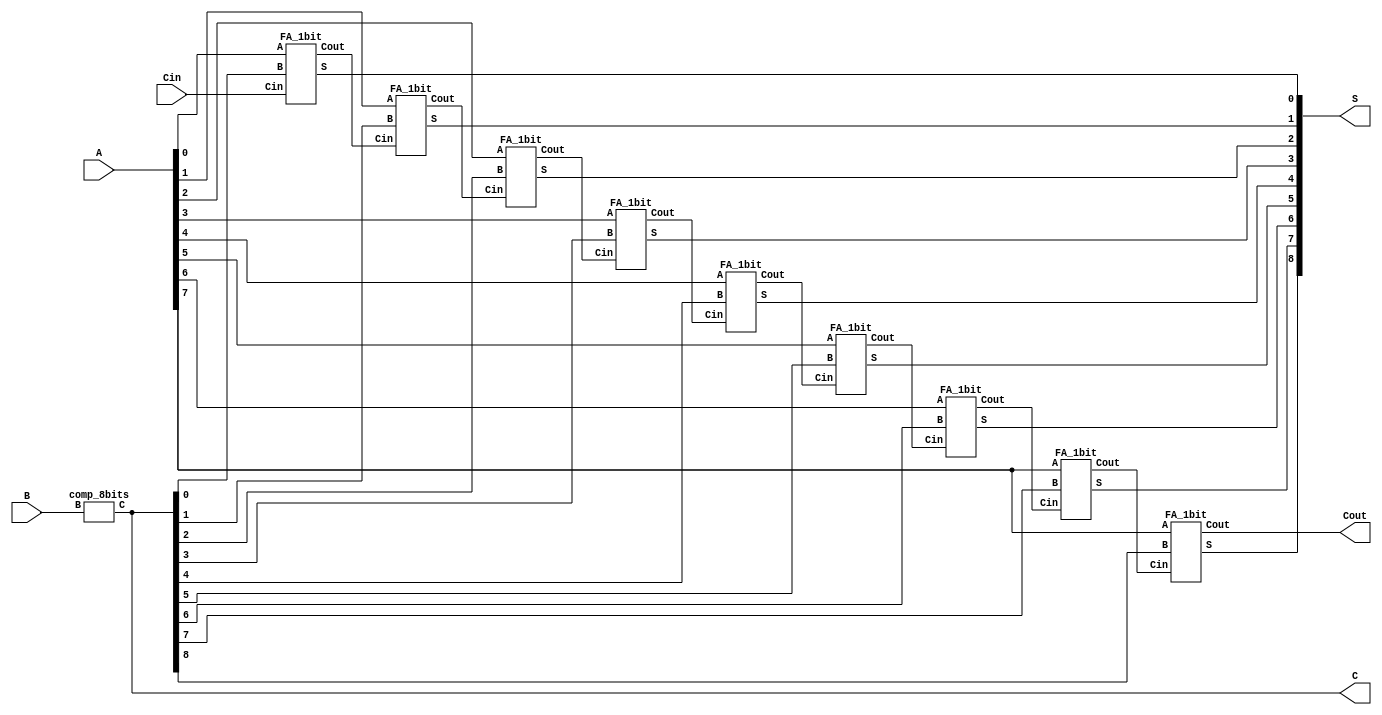
`timescale 1ns / 1ps
//////////////////////////////////////////////////////////////////////////////////
// Company: 
// Engineer: 
// 
// Design Name: 
// Module Name:    subtractor 
// Project Name: 
// Target Devices: 
// Tool versions: 
// Description: 
//
// Dependencies: 
//
// Revision: 
// Revision 0.01 - File Created
// Additional Comments: 
//
//////////////////////////////////////////////////////////////////////////////////
module subtractor(A,B,Cin,S,C,Cout);
input [7:0] A,B;
input Cin;
output [8:0] S;
output [8:0] C;
output Cout;
wire [7:0] t;


comp_8bits comp(.B(B),.C(C));

FA_1bit FA0(.A(A[0]), .B(C[0]), .Cin(Cin), .S(S[0]), .Cout(t[0]));
FA_1bit FA1(.A(A[1]), .B(C[1]), .Cin(t[0]), .S(S[1]), .Cout(t[1]));
FA_1bit FA2(.A(A[2]), .B(C[2]), .Cin(t[1]), .S(S[2]), .Cout(t[2]));
FA_1bit FA3(.A(A[3]), .B(C[3]), .Cin(t[2]), .S(S[3]), .Cout(t[3]));
FA_1bit FA4(.A(A[4]), .B(C[4]), .Cin(t[3]), .S(S[4]), .Cout(t[4]));
FA_1bit FA5(.A(A[5]), .B(C[5]), .Cin(t[4]), .S(S[5]), .Cout(t[5]));
FA_1bit FA6(.A(A[6]), .B(C[6]), .Cin(t[5]), .S(S[6]), .Cout(t[6]));
FA_1bit FA7(.A(A[7]), .B(C[7]), .Cin(t[6]), .S(S[7]), .Cout(t[7]));
FA_1bit FA8(.A(A[7]), .B(C[8]), .Cin(t[7]), .S(S[8]), .Cout(Cout));


endmodule
//-------------------------------------------------------------------
module FA_1bit(A,B,Cin,S,Cout );
input A,B,Cin;
output S,Cout;

assign S=Cin^A^B;
assign Cout = (A & B) | (Cin & B) | (Cin & A);
endmodule
//--------------------------------------------------------------------
module comp_8bits(B,C);

input [7:0] B;
output [8:0] C;
wire [6:0] t;

assign C[0]=B[0]^0;

assign C[1]=C[0]^B[1];
assign t[0]= C[0]|C[1];

assign C[2]=t[0]^B[2];
assign t[1]=t[0]|C[2];

assign C[3]=t[1]^B[3];
assign t[2]=t[1]|C[3];

assign C[4]=t[2]^B[4];
assign t[3]=t[2]|C[4];

assign C[5]=t[3]^B[5];
assign t[4]=t[3]|C[5];

assign C[6]=t[4]^B[6];
assign t[5]=t[4]|C[6];

assign C[7]=t[5]^B[7];
assign t[6]=t[5]|C[7];

assign C[8]=t[6]^B[7];
endmodule